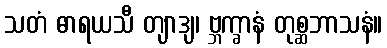
သတံ ဓာရယသီ တျာဒျ၊ ဗ္ဘက္ခာနံ တုစ္ဆဘာသနံ။